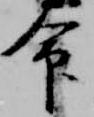
命